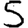
Digit: 5